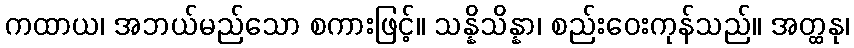
ကထာယ၊ အဘယ်မည်သော စကားဖြင့်။ သန္နိသိန္နာ၊ စည်းဝေးကုန်သည်။ အတ္ထနု၊